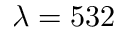
\lambda = 5 3 2